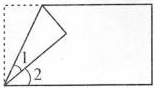
12.如右图是一张长方形纸折起来以后的图形，已知∠1=28°，则∠2=